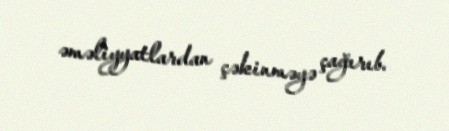
əməliyyatlardan çəkinməyə çağırıb.